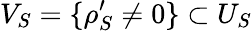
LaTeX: V_{S}=\{ \rho_{S}^{\prime}\neq 0\} \subset U_{S}